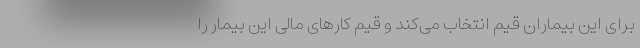
برای این بیماران قیم انتخاب می‌کند و قیم کارهای مالی این بیمار را